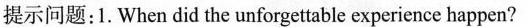
提示问题：1.When did the unforgettable experience happen?